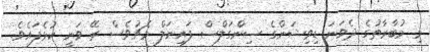
މި މުބާރާތުގެ ދެވަނަ ޑިވިޝަންގެ ސިންގަލްސް ފައިނަލް މެޗުވެސް ރޭ ވަނީ ކުޅެފައެވެ.